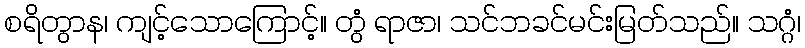
စရိတွာန၊ ကျင့်သောကြောင့်။ တွံ ရာဇာ၊ သင်ဘခင်မင်းမြတ်သည်။ သဂ္ဂံ၊